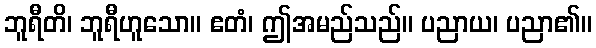
ဘူရီတိ၊ ဘူရီဟူသော။ ဧတံ၊ ဤအမည်သည်။ ပညာယ၊ ပညာ၏။